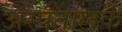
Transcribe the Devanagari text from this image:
अस्पतालके